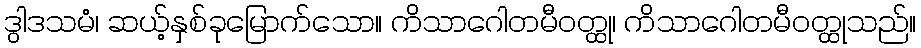
ဒွါဒသမံ၊ ဆယ့်နှစ်ခုမြောက်သော။ ကိသာဂေါတမီဝတ္ထု၊ ကိသာဂေါတမီဝတ္ထုသည်။